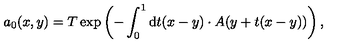
a _ { 0 } ( x , y ) = T \exp \left( - \int _ { 0 } ^ { 1 } \mathrm { d } t ( x - y ) \cdot A ( y + t ( x - y ) ) \right) ,